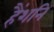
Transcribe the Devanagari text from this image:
हैंशनि